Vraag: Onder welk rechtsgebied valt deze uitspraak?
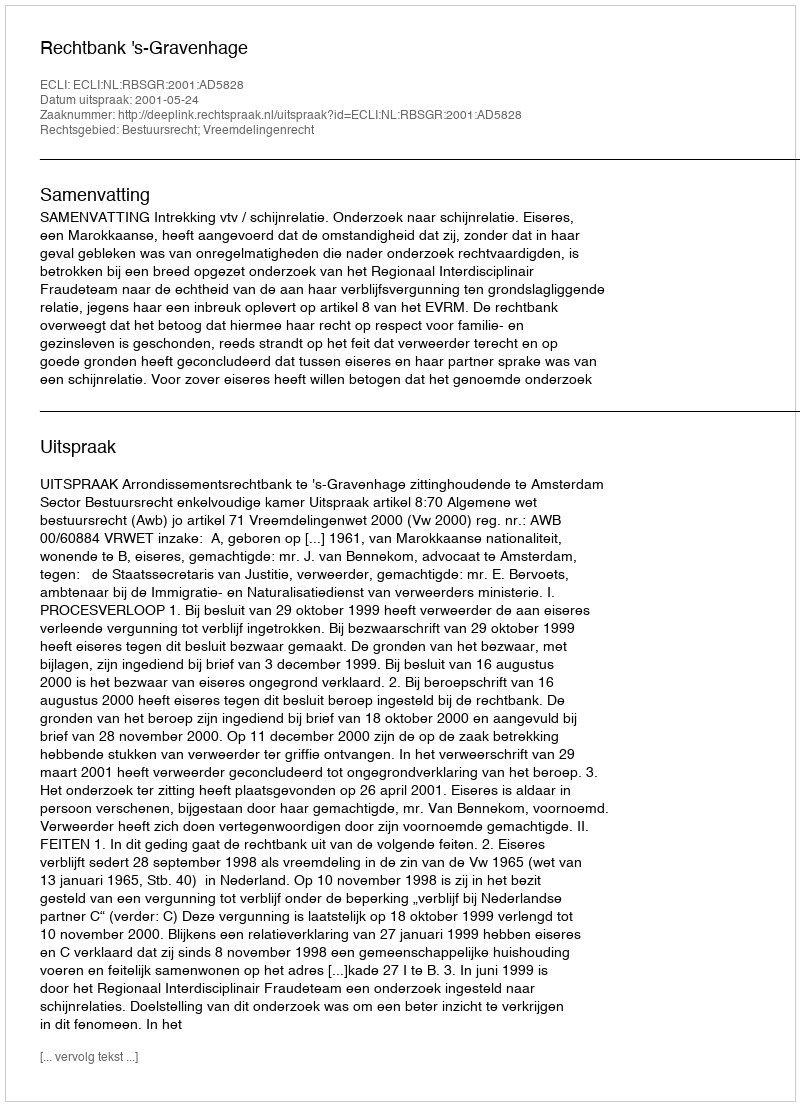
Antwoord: Bestuursrecht; Vreemdelingenrecht